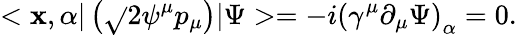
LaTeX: <\mathbf{x},\alpha|\left(\sqrt{}{{2}}\psi^{\mu}p_{\mu}\right)|\Psi>=-i\left(\gamma^{\mu}\partial_{\mu}\Psi\right)_{\alpha}=0.